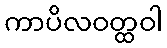
ကာပိလဝတ္ထဝါ